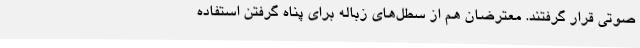
صوتی قرار گرفتند. معترضان هم از سطل‌های زباله برای پناه گرفتن استفاده